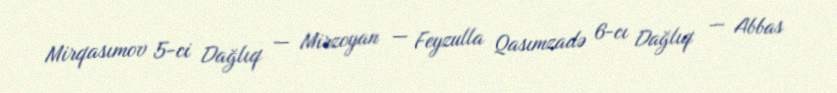
Mirqasımov 5-ci Dağlıq — Mirzoyan — Feyzulla Qasımzadə 6-cı Dağlıq — Abbas